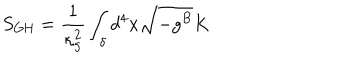
S _ { \mathrm { G H } } = \frac { 1 } { \kappa _ { 5 } ^ { 2 } } \int _ { \delta } d ^ { 4 } x \sqrt { - g ^ { B } } K